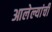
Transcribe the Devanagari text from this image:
आलेल्यांची